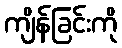
ကျိန်ခြင်းကို